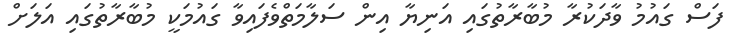
ފަސް ގައުމު ވާދަކުރާ މުބާރާތުގައި އަނިޔާ އިން ސަލާމަތްވެފައިވާ ގައުމަކީ މުބާރާތުގައި އަލަށް